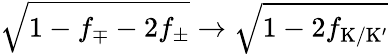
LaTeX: \sqrt{1-f_{\mp}-2f_{\pm}}\to\sqrt{1-2f_{\mathrm{K}/\mathrm{K}^{\prime}}}